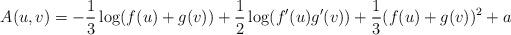
LaTeX: \begin{align*}A(u,v)=-\frac{1}{3}\log (f(u)+g(v))+\frac{1}{2}\log (f^{\prime }(u)g^{\prime}(v))+\frac{1}{3}(f(u)+g(v))^{2}+a\end{align*}